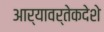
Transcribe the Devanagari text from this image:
आर्यावर्तेकदेशे